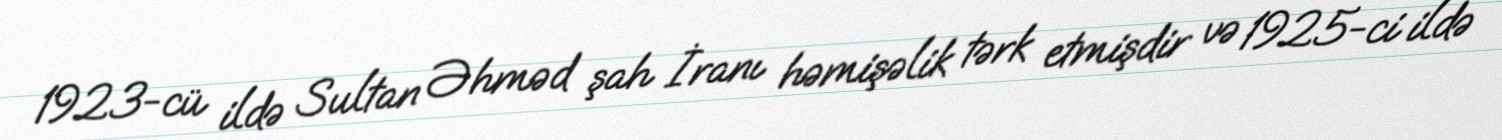
1923-cü ildə Sultan Əhməd şah İranı həmişəlik tərk etmişdir və 1925-ci ildə